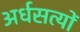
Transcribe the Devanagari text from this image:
अर्धसत्यों